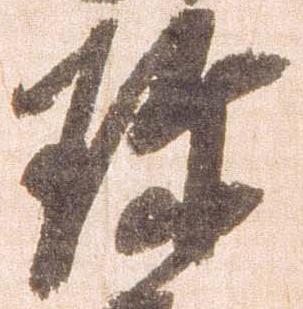
珍